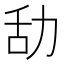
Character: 㔚